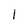
Character: 1